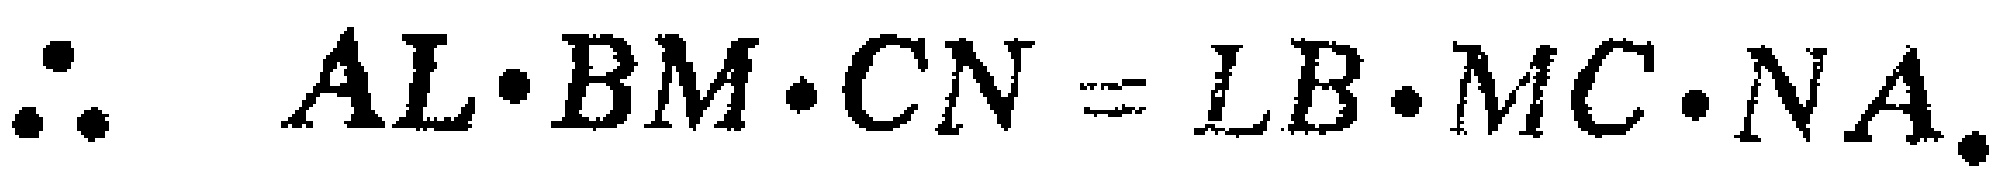
\(\therefore AL\cdot BM\cdot CN = LB\cdot MC\cdot NA.\)